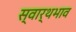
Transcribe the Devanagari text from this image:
स्वार्थभाव